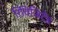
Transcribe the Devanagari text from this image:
रिविज़िटेड